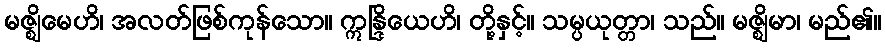
မဇ္ဈိမေဟိ၊ အလတ်ဖြစ်ကုန်သော။ ဣန္ဒြိယေဟိ၊ တို့နှင့်။ သမ္ပယုတ္တာ၊ သည်။ မဇ္ဈိမာ၊ မည်၏။